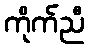
ကိုက်ညီ